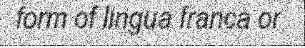
form of lingua franca or